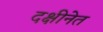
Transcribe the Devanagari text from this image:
दक्षीनेत